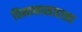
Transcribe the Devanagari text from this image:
विमानासारखा